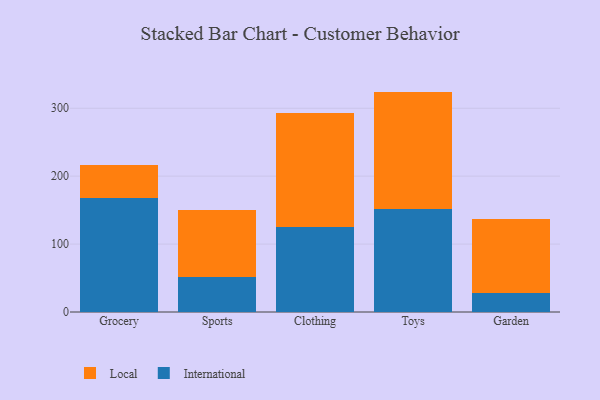
{"axis": {"x": "Category", "y": "Shipments"}, "legend": ["International", "Local"], "data": [{"x": "Grocery", "y": 168.1, "type": "International"}, {"x": "Grocery", "y": 47.7, "type": "Local"}, {"x": "Sports", "y": 51.6, "type": "International"}, {"x": "Sports", "y": 98.8, "type": "Local"}, {"x": "Clothing", "y": 124.7, "type": "International"}, {"x": "Clothing", "y": 168.3, "type": "Local"}, {"x": "Toys", "y": 151.1, "type": "International"}, {"x": "Toys", "y": 173.4, "type": "Local"}, {"x": "Garden", "y": 27.3, "type": "International"}, {"x": "Garden", "y": 109.3, "type": "Local"}]}